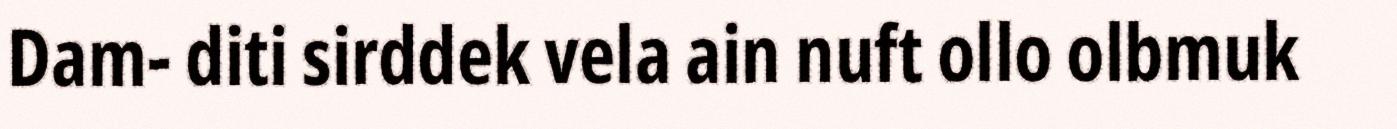
Dam- diti sirddek vela ain nuft ollo olbmuk